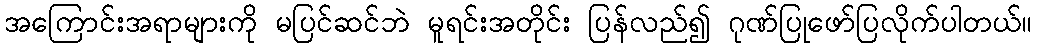
အကြောင်းအရာများကို မပြင်ဆင်ဘဲ မူရင်းအတိုင်း ပြန်လည်၍ ဂုဏ်ပြုဖော်ပြလိုက်ပါတယ်။